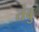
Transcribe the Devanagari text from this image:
तंबु